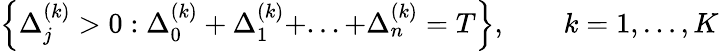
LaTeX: \left\{ \Delta_{j}^{(k)}>0:\Delta_{0}^{(k)}+\Delta_{1}^{(k)}+...+\Delta_{n}^{(k)}=T\right\} ,\qquad k=1,\dots,K